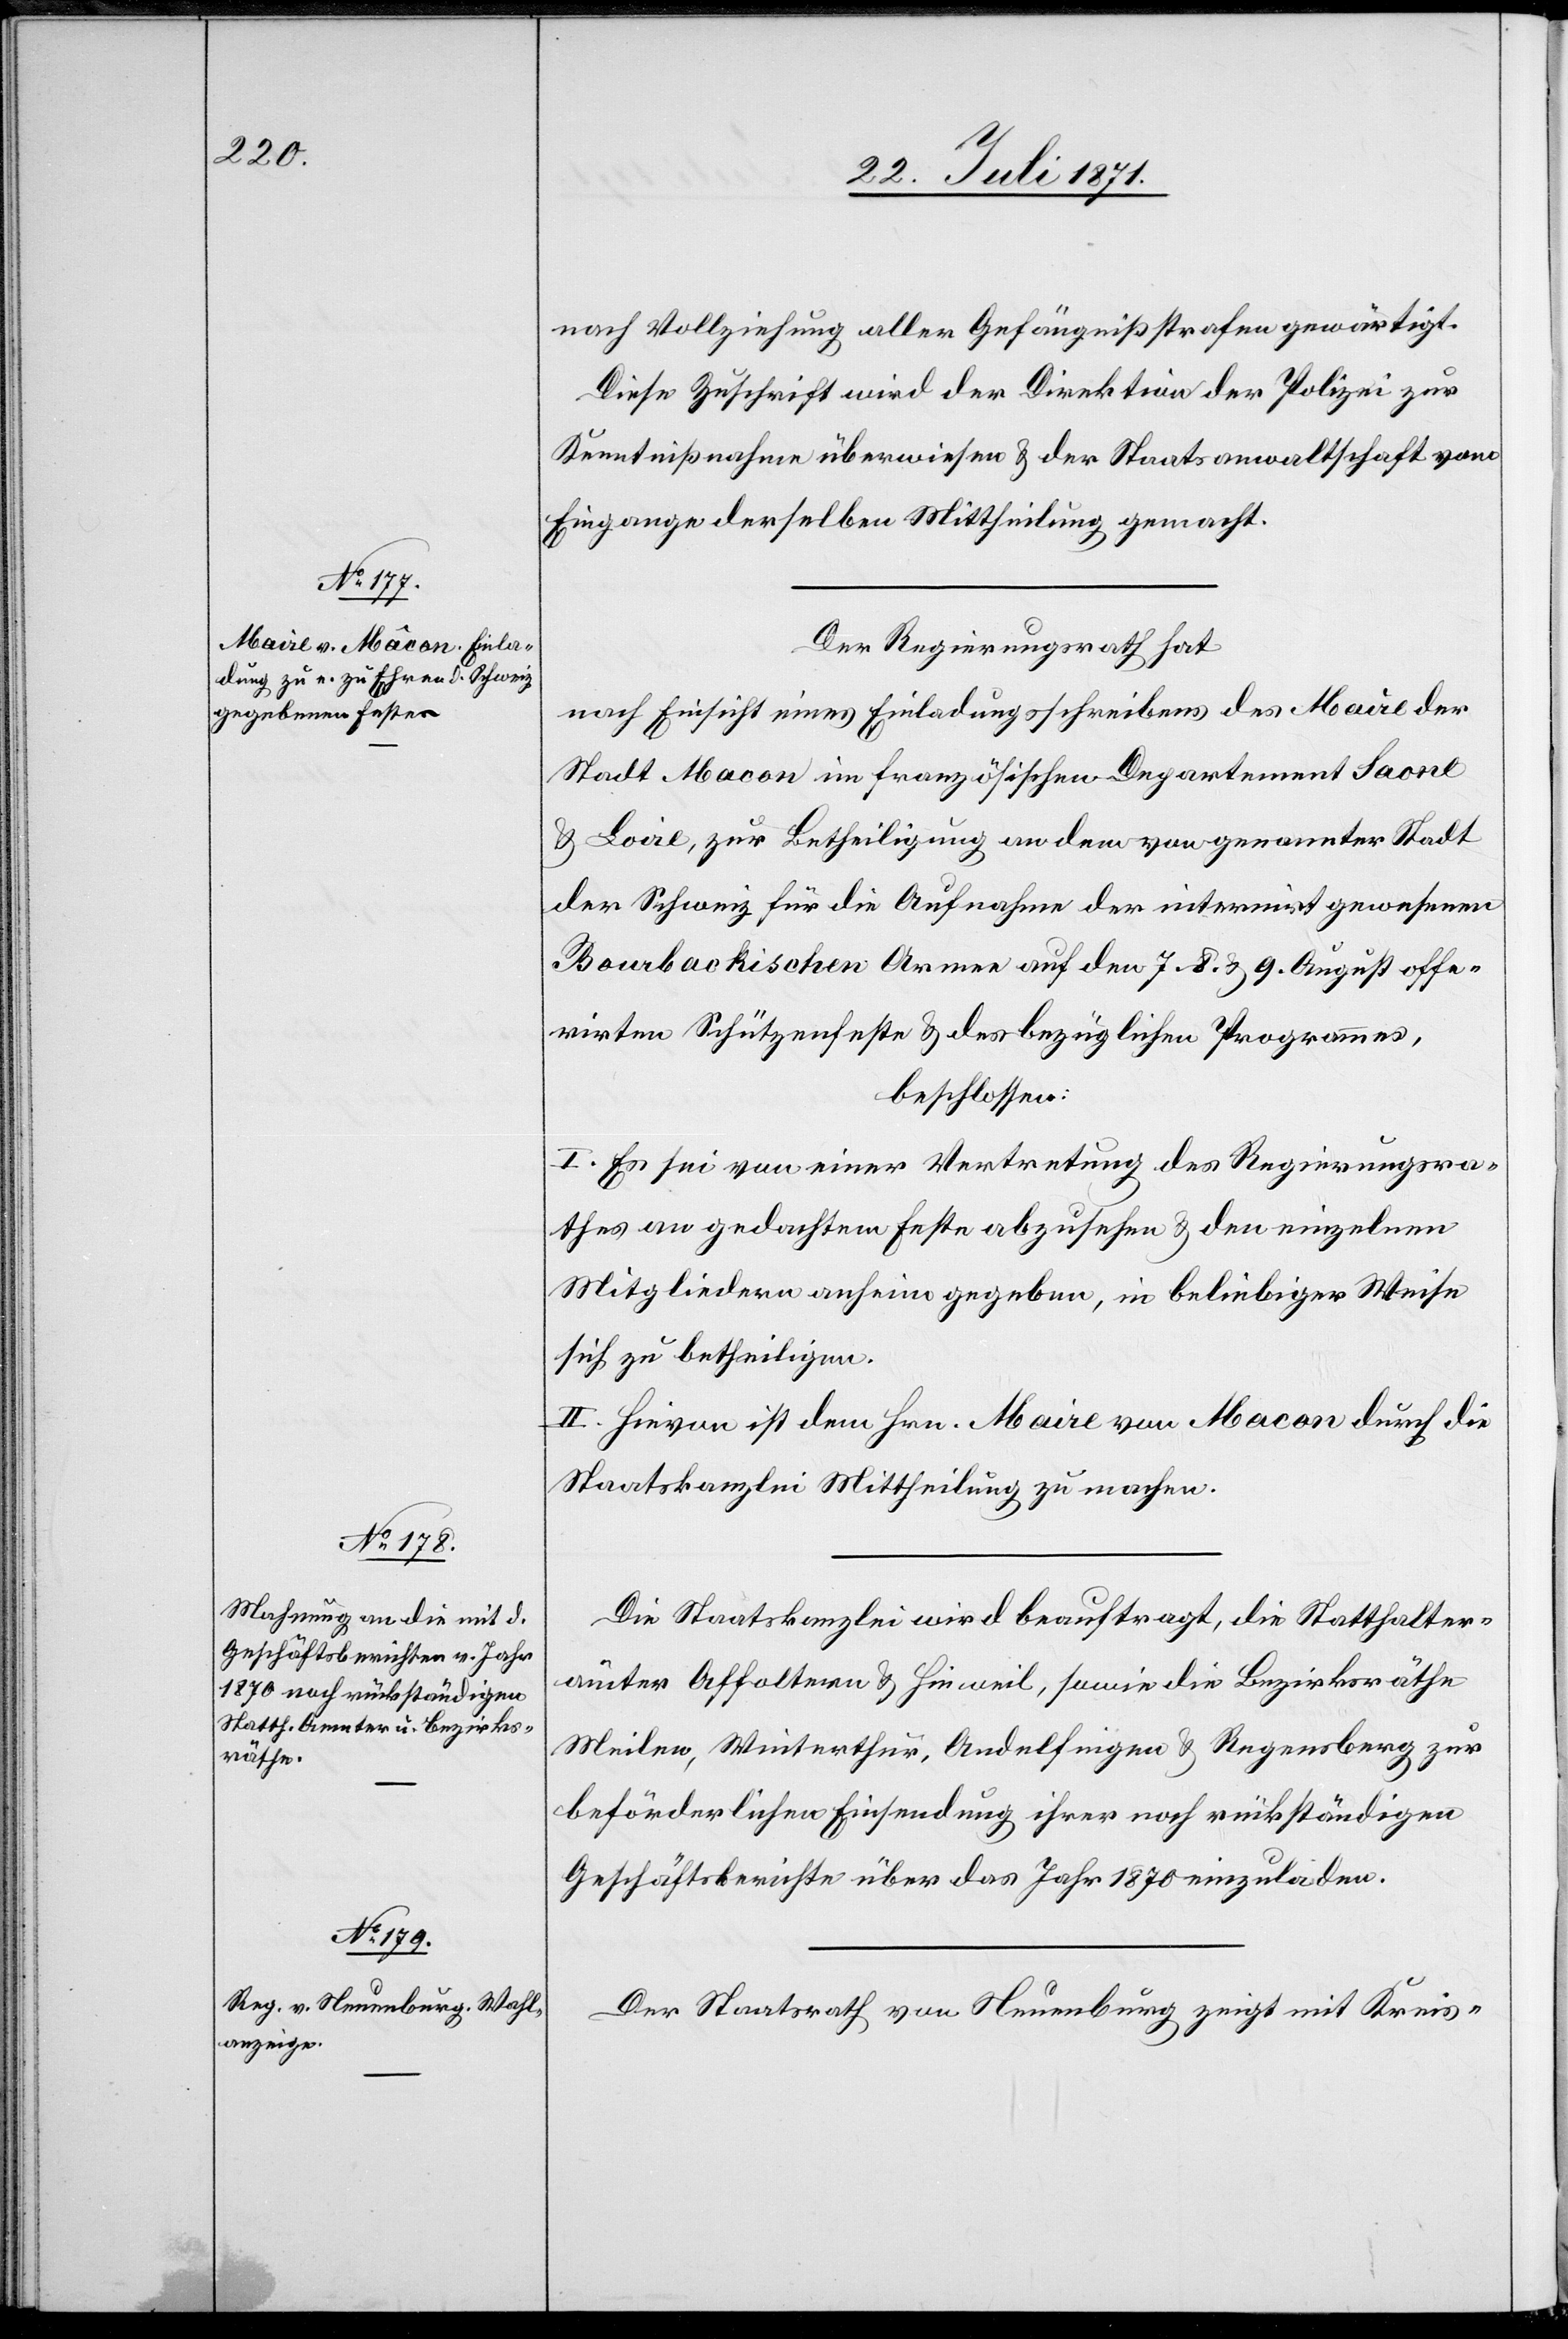
nach Vollziehung aller Gefängnißstrafen gewärtigt.
Diese Zuschrift wird der Direktion der Polizei zur
Kenntnißnahme überwiesen u. der Staatsanwaltschaft vom
Eingange derselben Mittheilung gemacht.
Der Regierungsrath hat
nach Einsicht eines Einladungsschreibens des Maire der
Stadt Macon im französischen Departement Saone
u. Loire, zur Betheiligung an dem von genannter Stadt
der Schweiz für die Aufnahme der internirt gewesenen
Bourbackischen Armee auf den 7. 8. u. 9. August offe¬
rirten Schützenfeste u. des bezüglichen Programmes,
beschlossen:
I. Es sei von einer Vertretung des Regierungsra¬
thes an gedachtem Feste abzusehen u. den einzelnen
Mitgliedern anheim gegebene, in beliebiger Weise
sich zu betheiligen.
II. Hievon ist dem Hrn. Maire von Macon durch die
Staatskanzlei Mittheilung zu machen.
Die Staatskanzlei wird beauftragt, die Statthalter¬
ämter Affoltern u. Hinweil, sowie die Bezirksräthe
Meilen, Winterthur, Andelfingen u. Regensberg zur
beförderlichen Einsendung ihrer noch rückständigen
Geschäftsbericht über das Jahr 1870 einzuladen.
Der Staatsrath von Neuenburg zeigt mit Kreis-